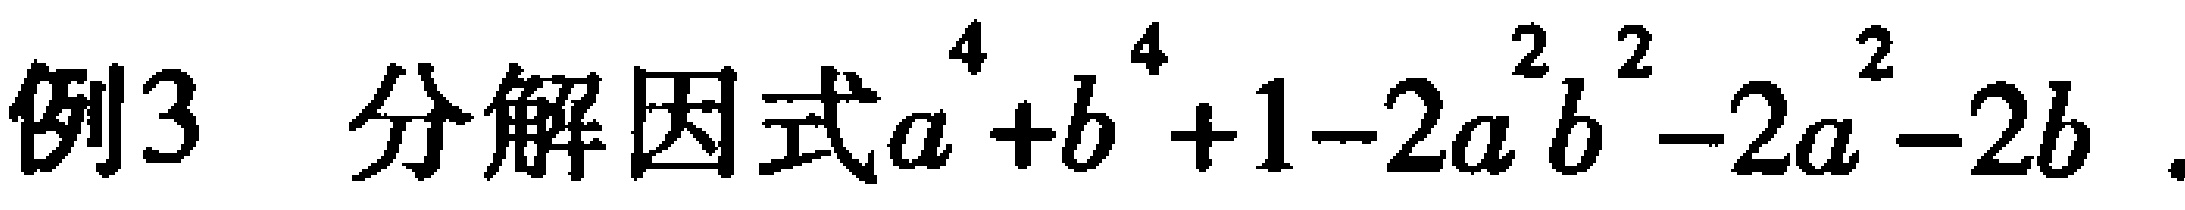
例3 分解因式\(a^{4}+b^{4}+1 - 2a^{2}b^{2}-2a^{2}-2b^{2}\)